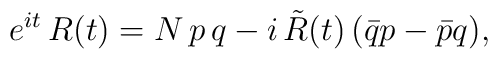
e^{it}\,R(t)=N\,p\,q-i\,\tilde R(t)\,(\bar{q}p-\bar{p}q),